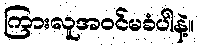
ကြားလူအဝင်မခံပါနဲ့။